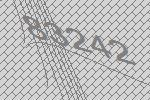
83242